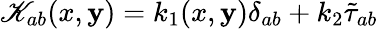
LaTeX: \mathscr{K}_{ab}(x,\mathbf{y})=k_{1}(x,\mathbf{y})\delta_{ab}+k_{2}{\tilde{{\tau}}}_{ab}